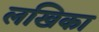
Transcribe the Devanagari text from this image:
लखिका